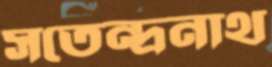
সতেন্দ্রনাথ